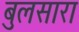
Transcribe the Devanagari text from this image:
बुलसारा